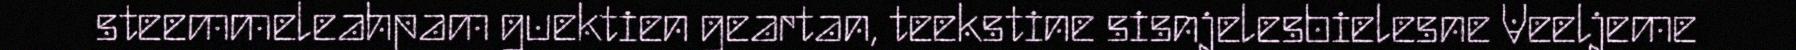
steemmeleahpam guektien geartan, teekstine sisnjelesbielesne Veeljeme